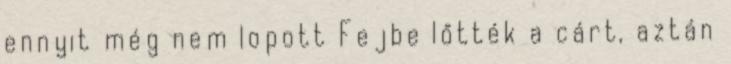
ennyit még nem lopott Fejbe lőtték a cárt, aztán